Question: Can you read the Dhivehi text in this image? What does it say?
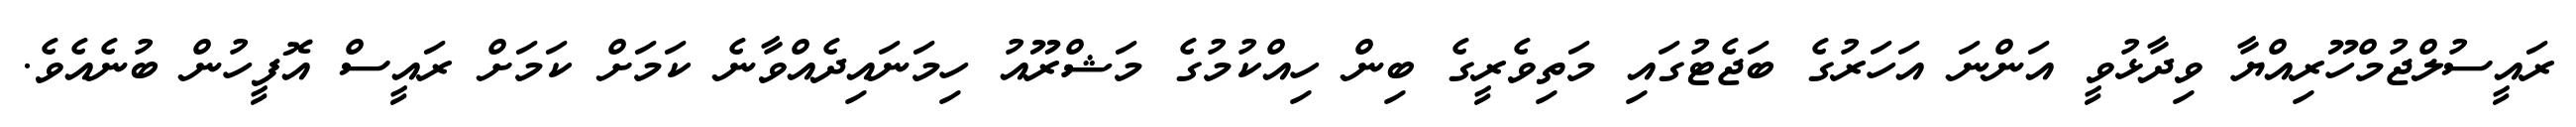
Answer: ރައީސުލްޖުމްހޫރިއްޔާ ވިދާޅުވީ އަންނަ އަހަރުގެ ބަޖެޓުގައި މަތިވެރީގެ ބިން ހިއްކުމުގެ މަޝްރޫއު ހިމަނައިދެއްވާނެ ކަމަށް ކަމަށް ރައީސް އޮފީހުން ބުނެއެވެ.